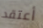
أعتقد